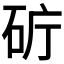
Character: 𥑈